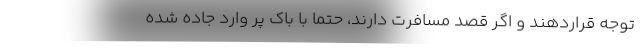
توجه قراردهند و اگر قصد مسافرت دارند، حتما با باک پر وارد جاده شده